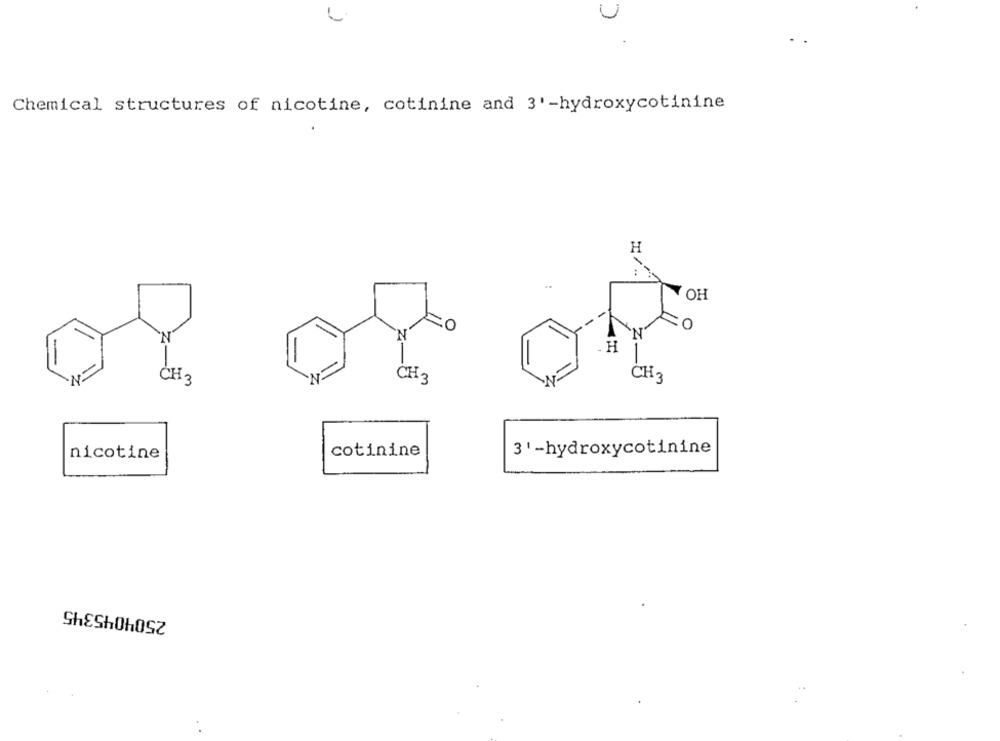
Chemical structures of nicotine, cotinine and 3' -hydroxycotinine
H
OH
H
CH 3
CH3
CH 3
cotinine
3' -hydroxycotinine
nicotine
2504045345